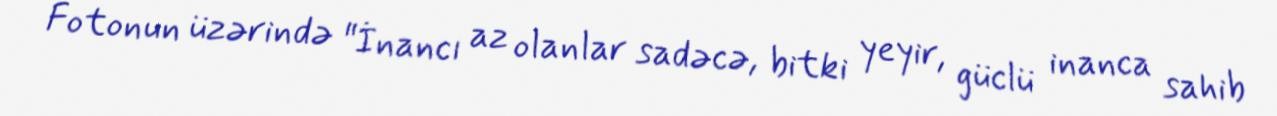
Fotonun üzərində "İnancı az olanlar sadəcə, bitki yeyir, güclü inanca sahib